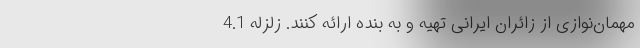
مهمان‌نوازی از زائران ایرانی تهیه و به بنده ارائه کنند. زلزله 4.1